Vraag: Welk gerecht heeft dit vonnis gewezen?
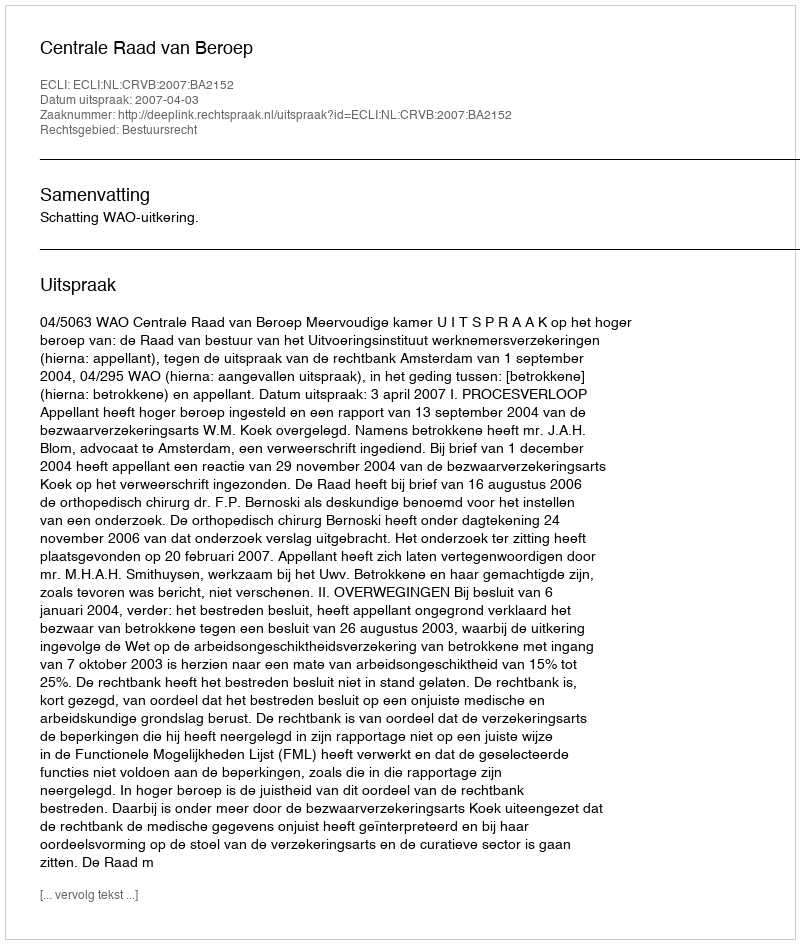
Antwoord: Centrale Raad van Beroep